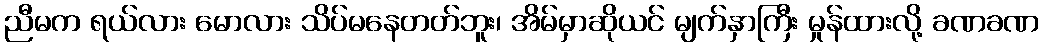
ညီမက ရယ်လား မောလား သိပ်မနေတတ်ဘူး၊ အိမ်မှာဆိုယင် မျက်နှာကြီး မှုန်ထားလို့ ခဏခဏ